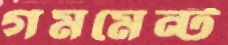
গমমেন্ট